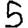
Digit: 5